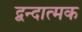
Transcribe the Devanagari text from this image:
द्वन्दात्मक